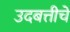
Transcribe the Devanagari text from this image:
उदबत्तीचे